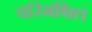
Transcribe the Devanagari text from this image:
यस्मिंश्चित्तं